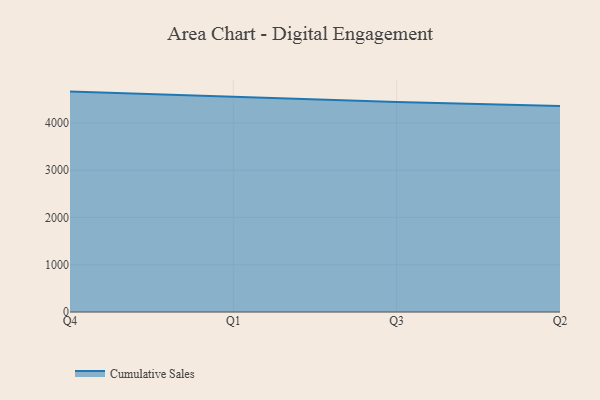
{"axis": {"x": "Quarter", "y": "Backlog"}, "legend": ["Cumulative Sales"], "data": [{"x": "Q4", "y": 4663.8, "type": "Cumulative Sales"}, {"x": "Q1", "y": 4559.2, "type": "Cumulative Sales"}, {"x": "Q3", "y": 4446.3, "type": "Cumulative Sales"}, {"x": "Q2", "y": 4359.8, "type": "Cumulative Sales"}]}